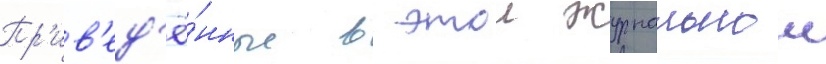
Пр'ив'ед'ё́нные в этои журнальнои